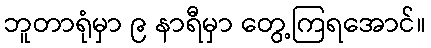
ဘူတာရုံမှာ ၉ နာရီမှာ တွေ့ကြရအောင်။